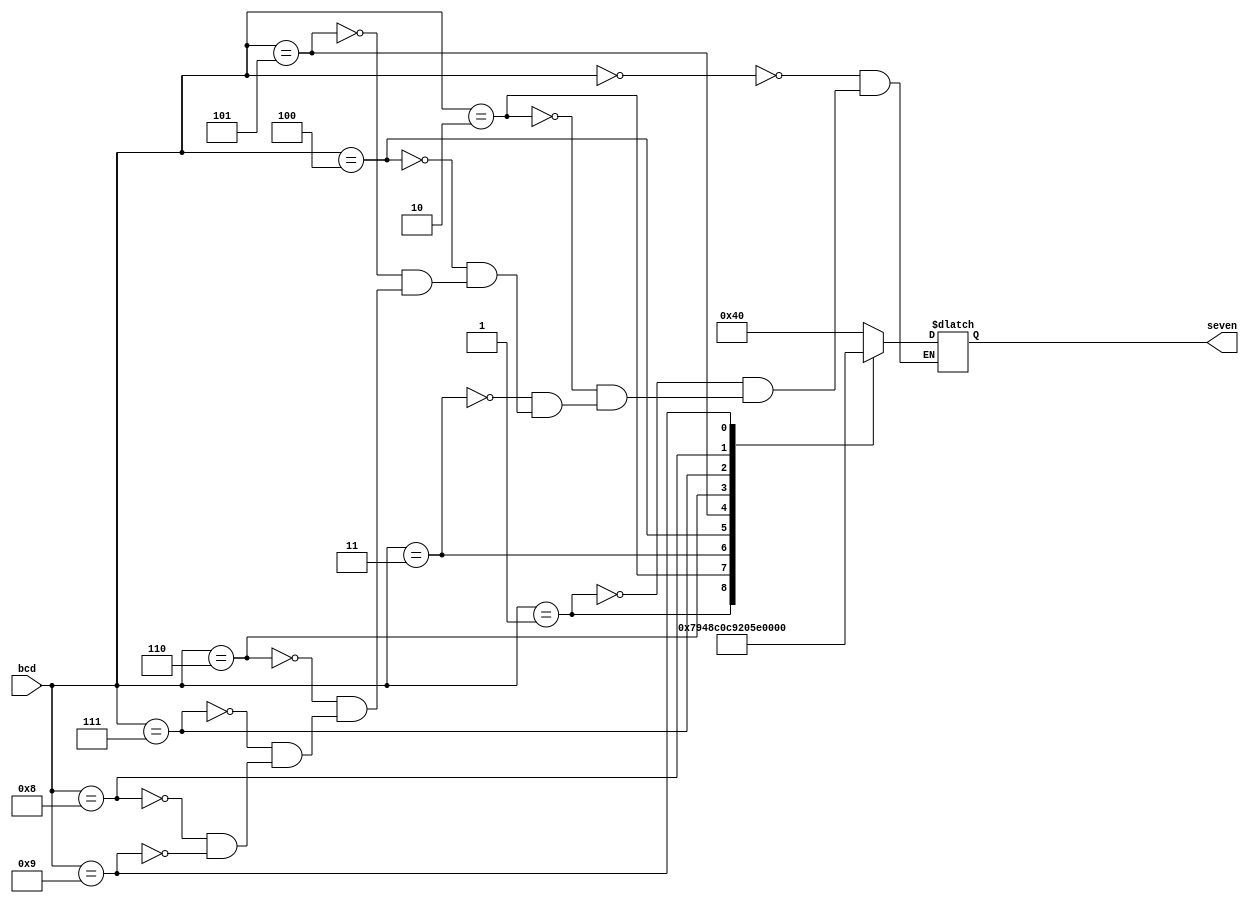
module bcd_seven(bcd, seven);
	input [4:0] bcd;
	output [6:0] seven;
	
	reg [6:0] seven;
	
	always @(bcd)
	begin
		case (bcd)
			5'b00000 : seven = 7'b1000000;	//0
			5'b00001 : seven = 7'b1111001;	//1
			5'b00010 : seven = 7'b0100100;	//2
			5'b00011 : seven = 7'b0110000;	//3
			5'b00100 : seven = 7'b0011001;	//4
			5'b00101 : seven = 7'b0010010;	//5
			5'b00110 : seven = 7'b0000010;	//6
			5'b00111 : seven = 7'b1111000;	//7
			5'b01000 : seven = 7'b0000000;	//8
			5'b01001 : seven = 7'b0011000;	//9
			
		endcase
	end
	
endmodule